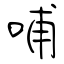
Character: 哺